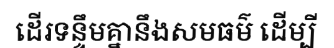
ដើរទន្ទឹមគ្នានឹងសមធម៌ ដើម្បី